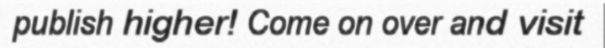
publish higher! Come on over and visit